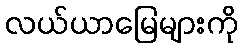
လယ်ယာမြေများကို